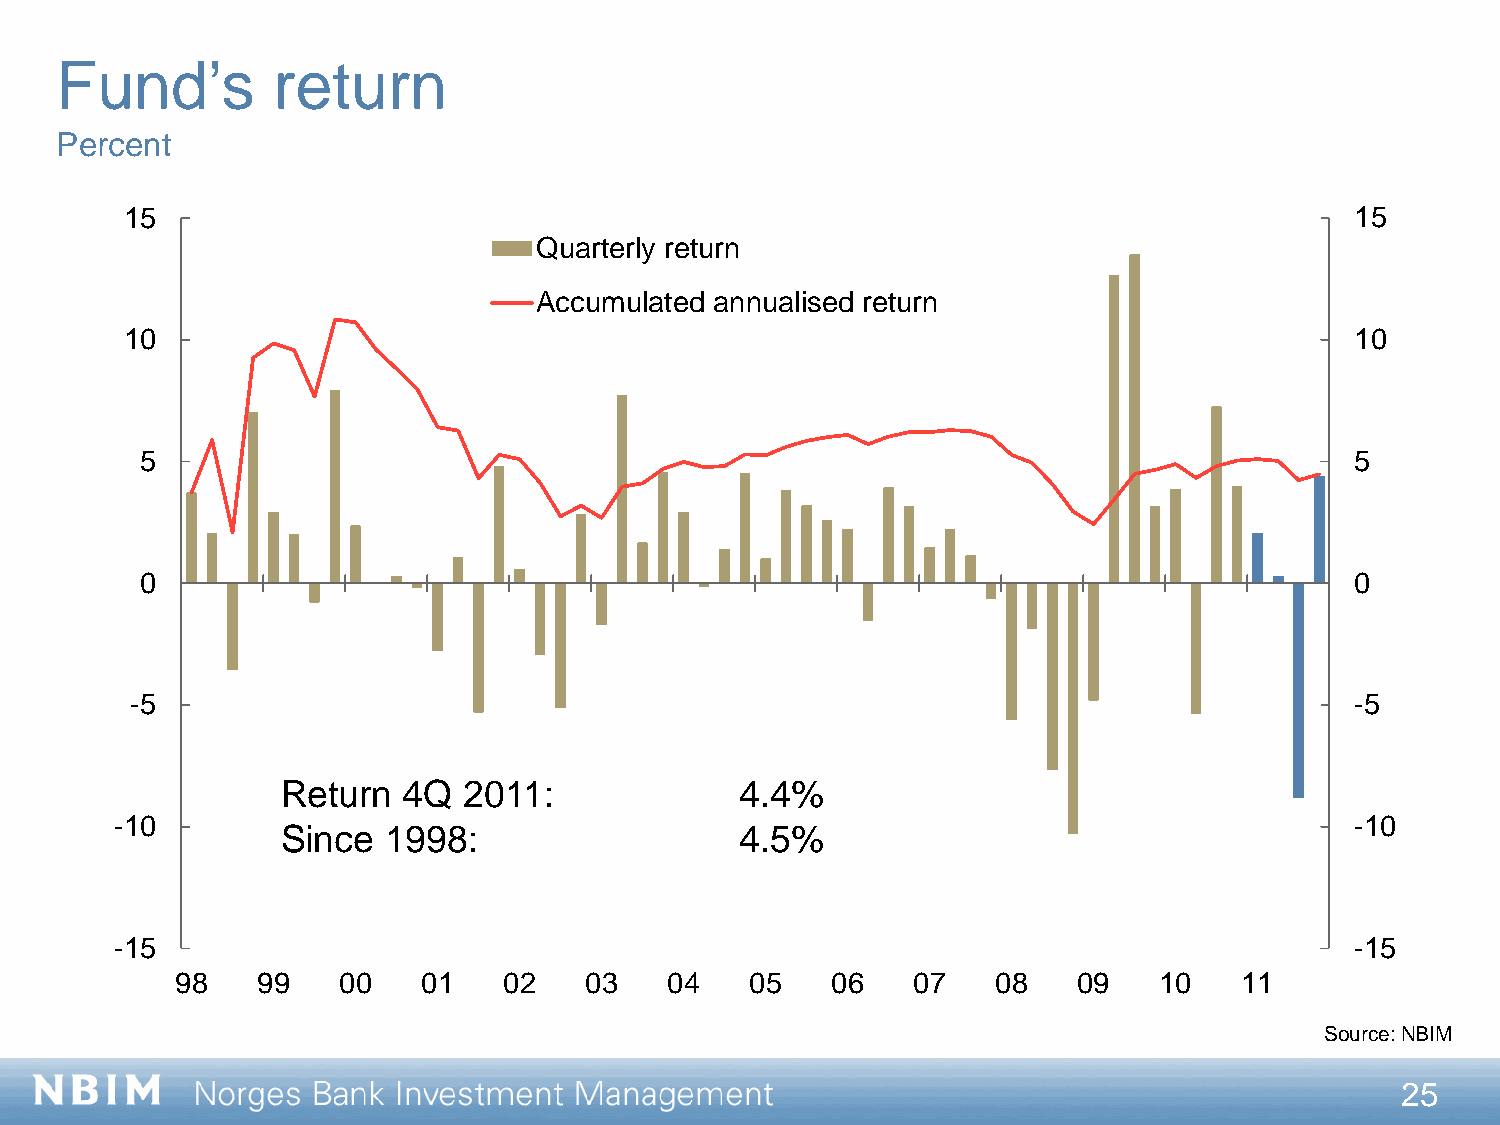
Fund’s        return
 Percent
 15                                                                                15
 Quarterly return
 Accumulated annualised return
 10                                                                                10
 5                                                                                5
 0                                                                                0
 -5                                                                               -5
 Return  4Q  2011:             4.4%
 -10                                                                               -10
 Since 1998:                   4.5%
 -15                                                                               -15
 98   99   00    01   02    03   04    05   06   07    08   09    10   11
 Source: NBIM
 25